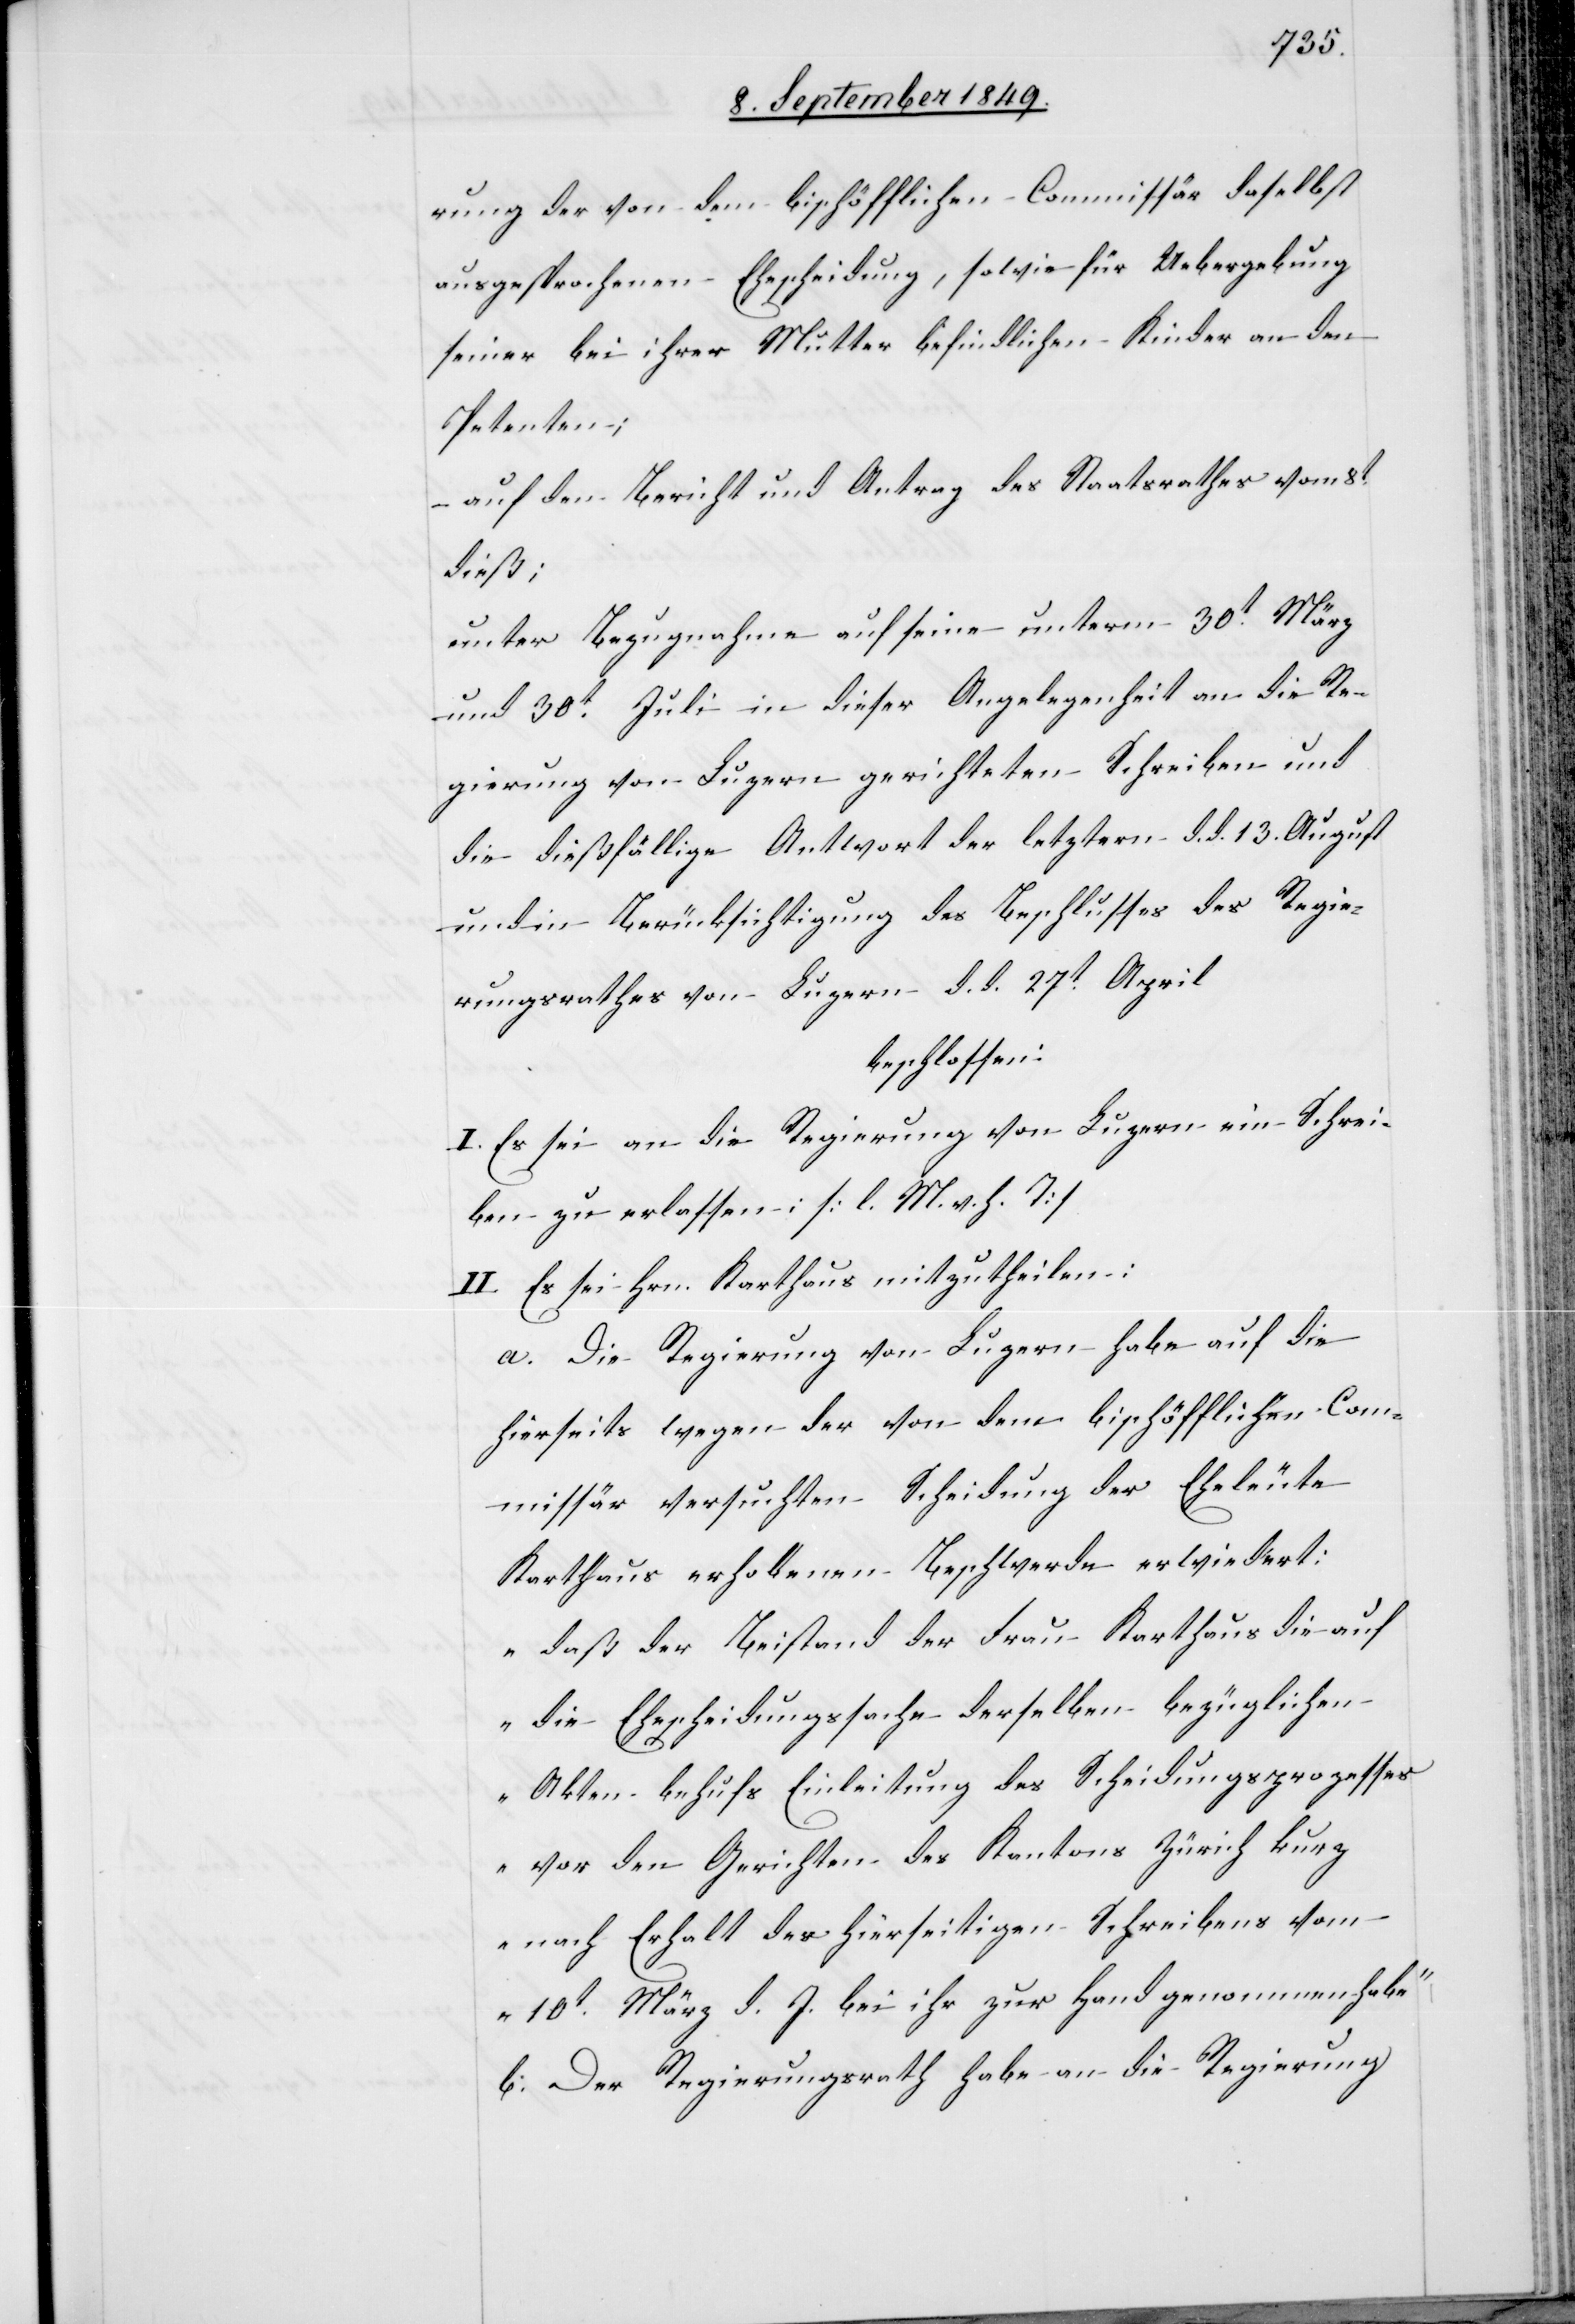
rung der von dem bischöfflichen Commissär daselbst
ausgesprochenen Ehescheidung, sowie für Uebergebung
seiner bei ihrer Mutter befindlichen Kinder an den
Petenten;
– auf den Bericht und Antrag des Staatsrathes von 8t
dieß;
unter Bezugnahme auf seine unterm 30t März
und 30t Juli in dieser Angelegenheit an die Re¬
gierung von Luzern gerichteten Schreiben und
die dießfällige Antwort der letztern d. d. 13. August
und in Berücksichtigung des Beschlusses des Regie¬
rungsrathes von Luzern d. d. 27t April
beschlossen:
I. Es sei an die Regierung von Luzern ein Schrei¬
ben zu erlassen: [l. M. v. h. T]
II. Es sei Hrn. Karthaus mitzutheilen:
a. Die Regierung von Luzern habe auf die
hierseits wegen der von dem bischöfflichen Com¬
missär versuchten Scheidung der Eheleute
Karthaus erhobenen Beschwerde erwiedert:
„daß der Beistand der Frau Karthaus die auf
die Ehescheidungssache derselben bezüglichen
Akten behufs Einleitung des Scheidungsprozesses
vor den Gerichten des Kantons Zürich kurz
nach Erhalt des hierseitigen Schreibens vom
10t März d. J. bei ihr zur Hand genommen habe“
b. Der Regierungsrath habe an die Regierung